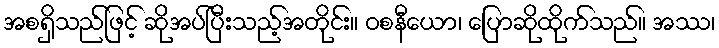
အစရှိသည်ဖြင့် ဆိုအပ်ပြီးသည့်အတိုင်း။ ဝစနီယော၊ ပြောဆိုထိုက်သည်။ အဿ၊